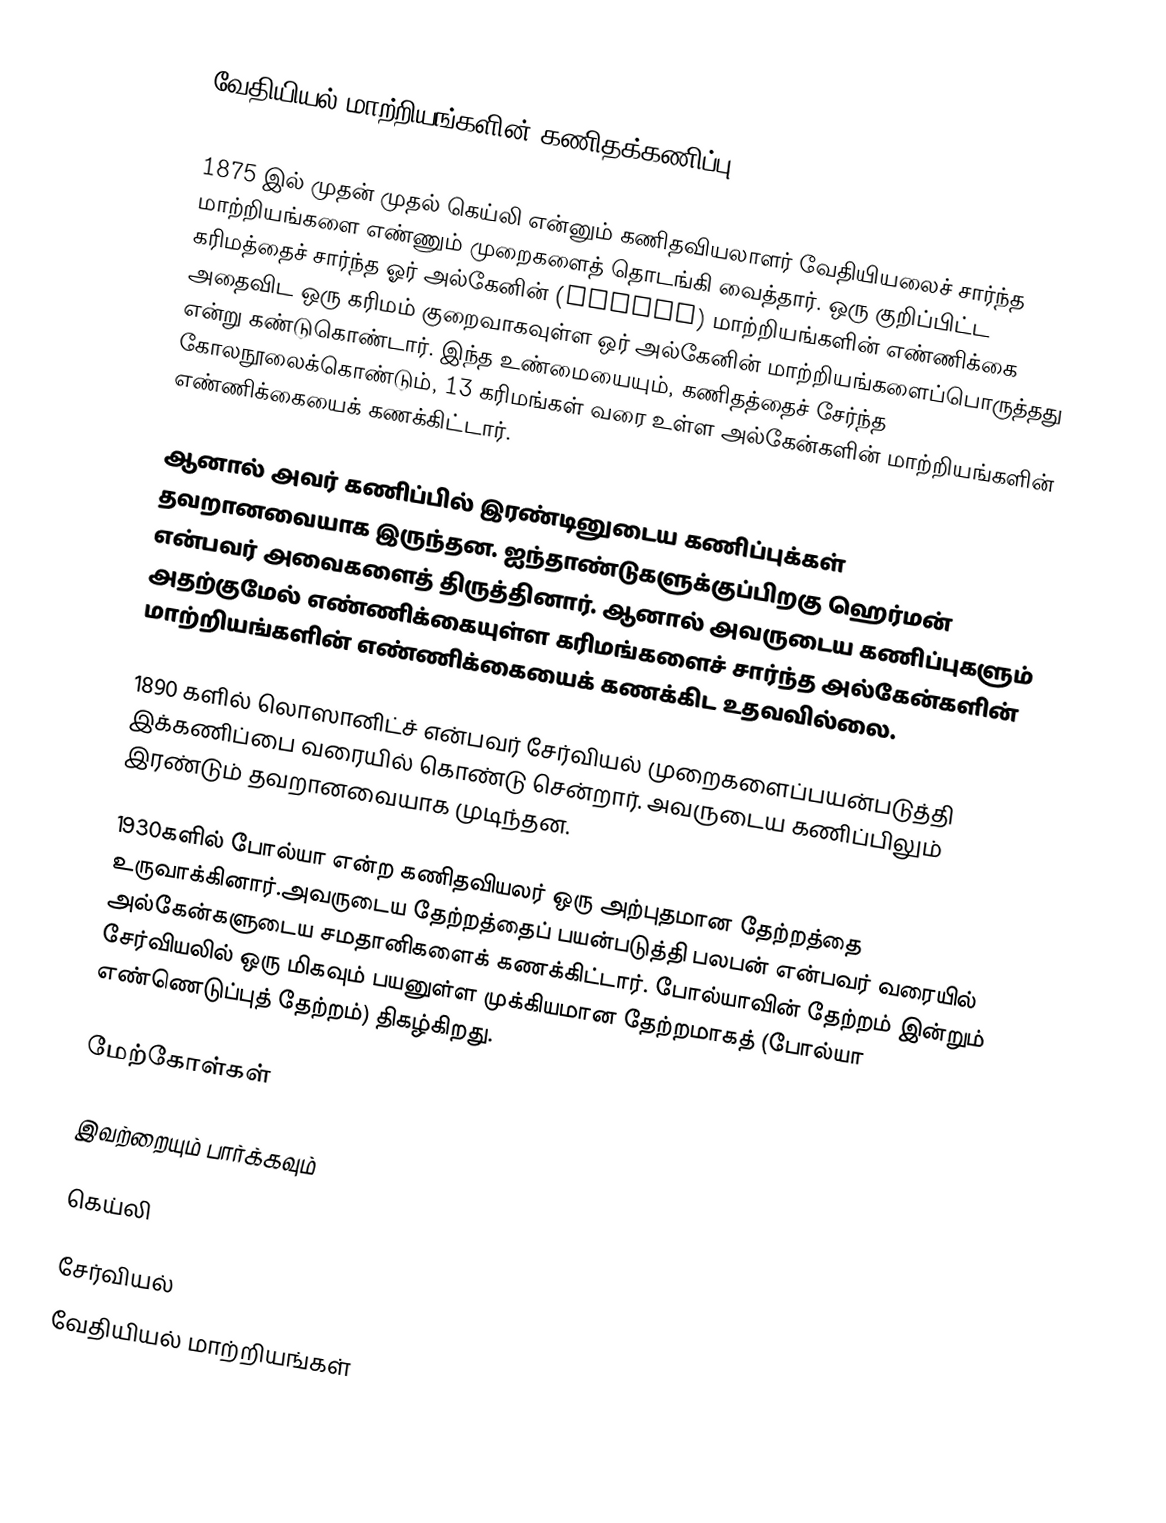
வேதியியல் மாற்றியங்களின் கணிதக்கணிப்பு (Mathematical Enumeration of Chemical Isomers)

1875 இல் முதன் முதல் கெய்லி என்னும் கணிதவியலாளர் வேதியியலைச் சார்ந்த மாற்றியங்களை எண்ணும் முறைகளைத் தொடங்கி வைத்தார். ஒரு குறிப்பிட்ட கரிமத்தைச் சார்ந்த ஓர் அல்கேனின்  (Alkane) மாற்றியங்களின் எண்ணிக்கை அதைவிட ஒரு கரிமம் குறைவாகவுள்ள ஒர் அல்கேனின் மாற்றியங்களைப்பொருத்தது  என்று கண்டுகொண்டார். இந்த உண்மையையும், கணிதத்தைச் சேர்ந்த கோலநூலைக்கொண்டும், 13 கரிமங்கள் வரை உள்ள  அல்கேன்களின் மாற்றியங்களின் எண்ணிக்கையைக் கணக்கிட்டார்.

ஆனால் அவர் கணிப்பில்   இரண்டினுடைய கணிப்புக்கள் தவறானவையாக இருந்தன. ஐந்தாண்டுகளுக்குப்பிறகு ஹெர்மன் என்பவர் அவைகளைத் திருத்தினார். ஆனால் அவருடைய கணிப்புகளும் அதற்குமேல் எண்ணிக்கையுள்ள கரிமங்களைச் சார்ந்த அல்கேன்களின் மாற்றியங்களின் எண்ணிக்கையைக் கணக்கிட உதவவில்லை.

1890 களில் லொஸானிட்ச் என்பவர் சேர்வியல் முறைகளைப்பயன்படுத்தி இக்கணிப்பை  வரையில் கொண்டு சென்றார்.  அவருடைய கணிப்பிலும்  இரண்டும் தவறானவையாக முடிந்தன.

1930களில்  போல்யா என்ற கணிதவியலர் ஒரு அற்புதமான தேற்றத்தை உருவாக்கினார்.அவருடைய தேற்றத்தைப் பயன்படுத்தி பலபன் என்பவர்  வரையில் அல்கேன்களுடைய சமதானிகளைக் கணக்கிட்டார். போல்யாவின் தேற்றம் இன்றும் சேர்வியலில் ஒரு மிகவும் பயனுள்ள முக்கியமான தேற்றமாகத்  (போல்யா எண்ணெடுப்புத் தேற்றம்) திகழ்கிறது.

மேற்கோள்கள்

இவற்றையும் பார்க்கவும்

 கெய்லி

சேர்வியல்
வேதியியல் மாற்றியங்கள்